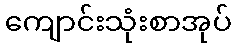
ကျောင်းသုံးစာအုပ်